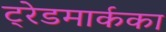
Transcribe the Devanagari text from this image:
ट्रेडमार्कका